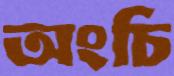
অংচি